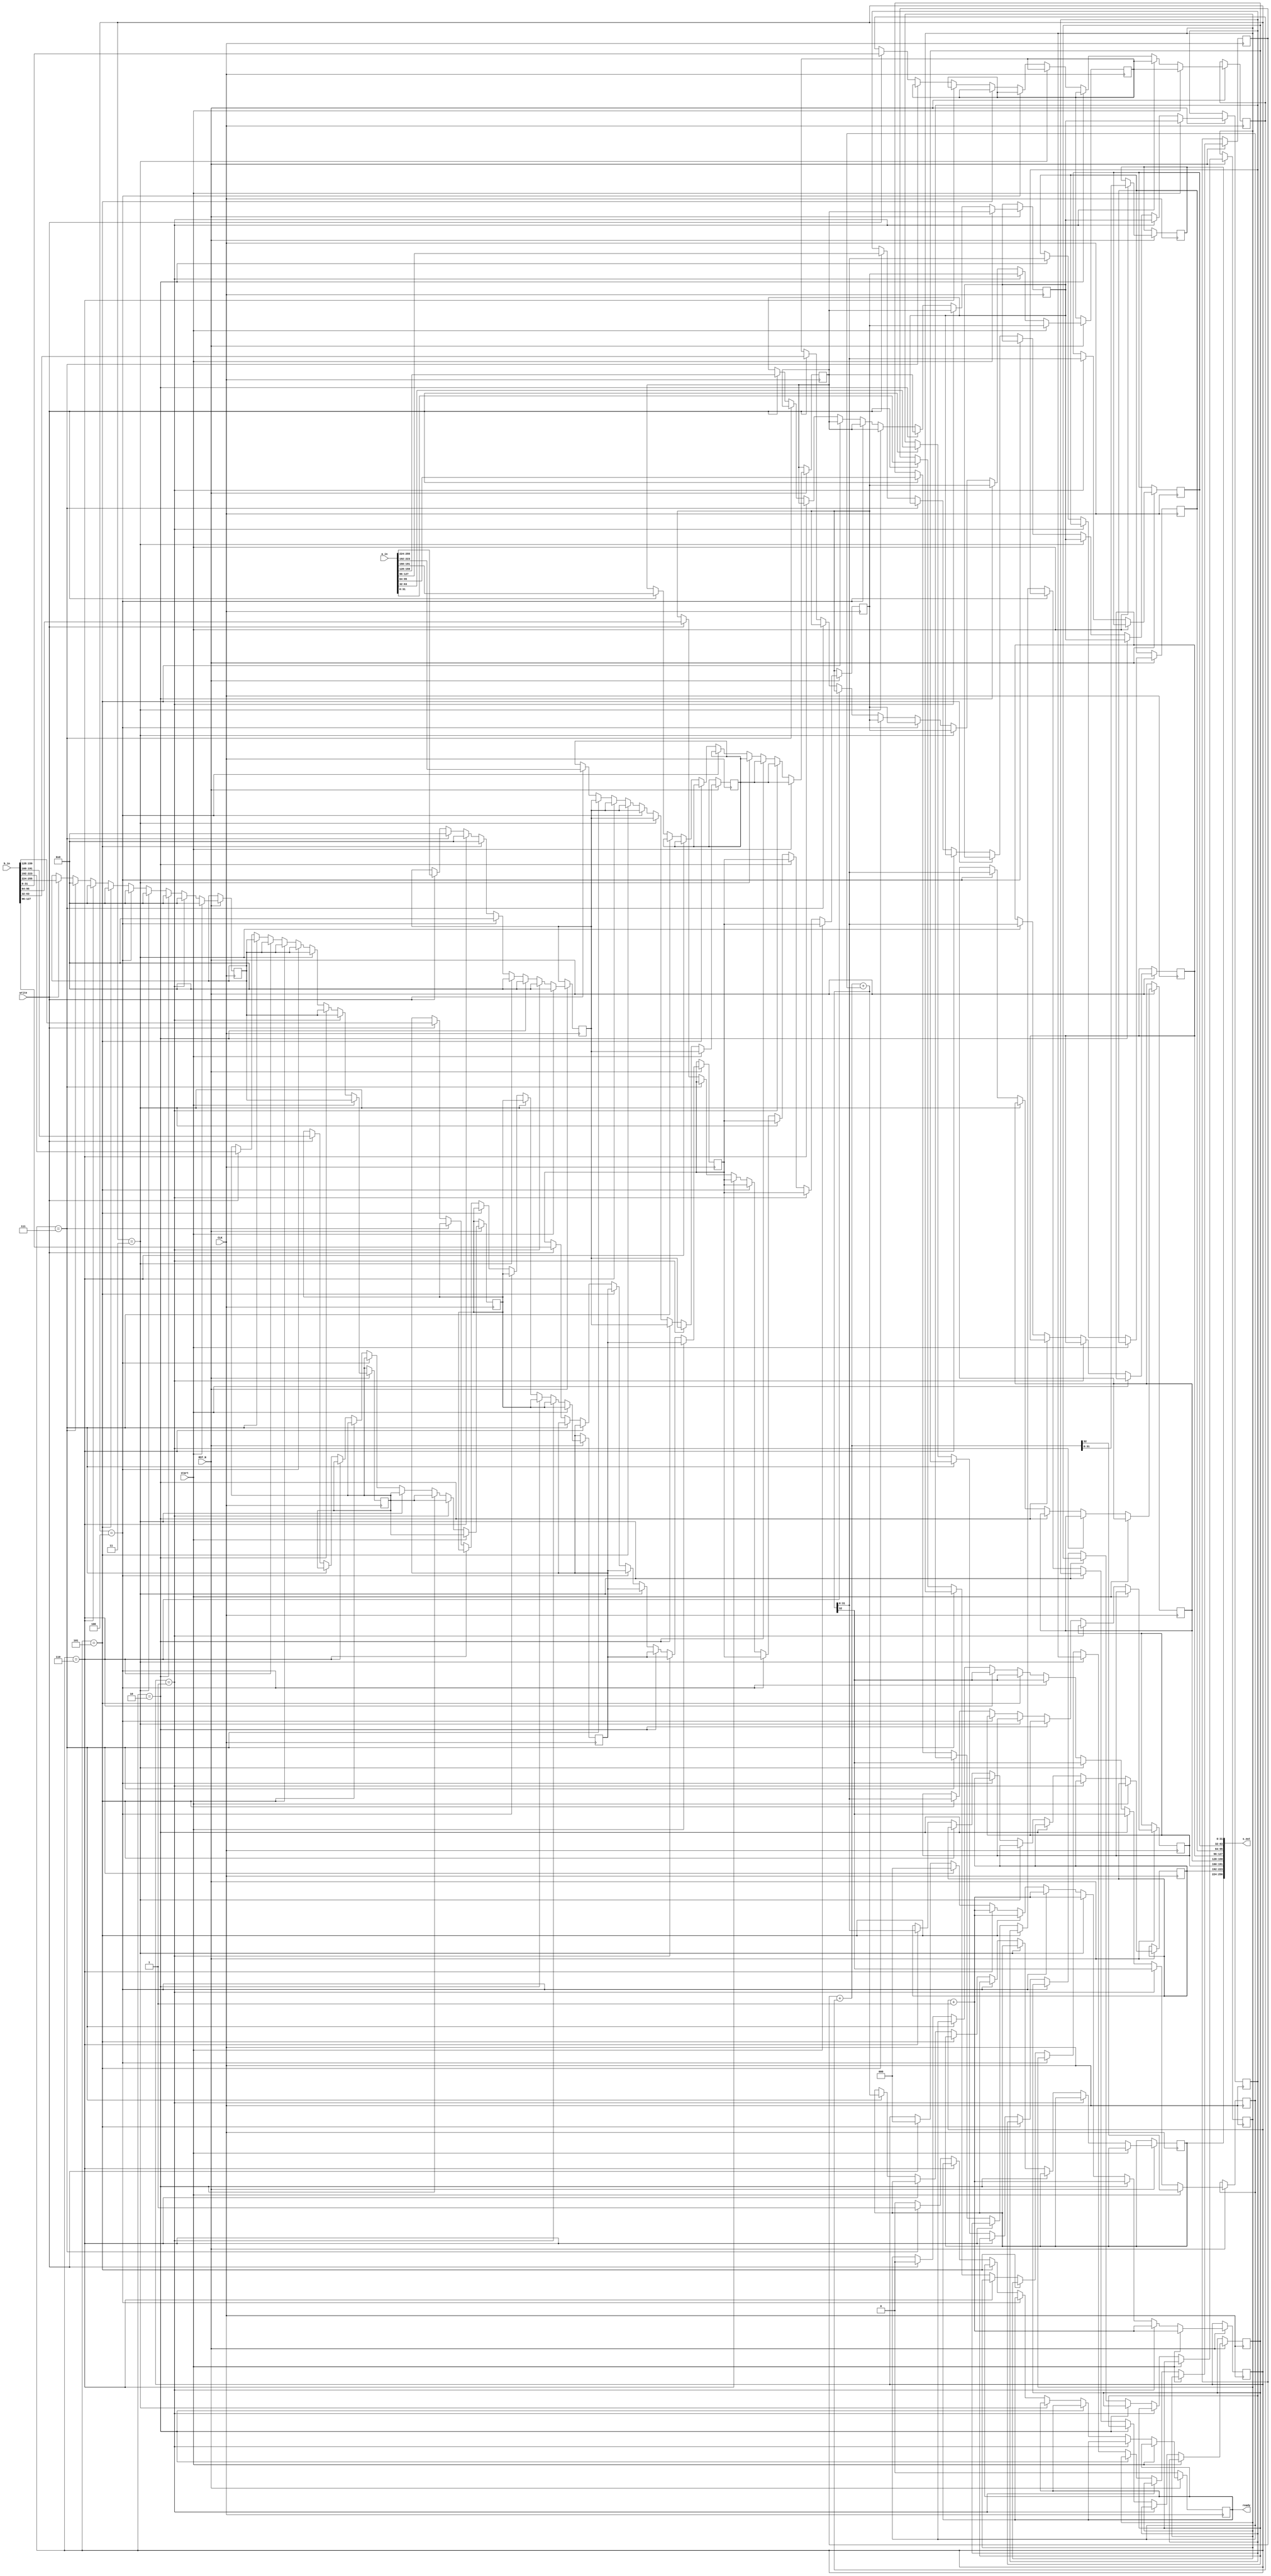
`timescale 1ns/10ps

module mpadd32_shift (CLK, RST_N, s_out, a_in, b_in, write, start, ready);

	input CLK, RST_N;
	input [255:0] a_in, b_in;
	input write, start;
	output [256:0] s_out;
	output ready;

	reg [256:0] sum;
	reg [255:0] a, b;
	reg ready;
	reg [2:0] counter;
	reg carry;

	reg [31:0] a0;
	reg [31:0] a1;
	reg [31:0] a2;
	reg [31:0] a3;
	reg [31:0] a4;
	reg [31:0] a5;
	reg [31:0] a6;
	reg [31:0] a7;

	reg [31:0] b0;
	reg [31:0] b1;
	reg [31:0] b2;
	reg [31:0] b3;
	reg [31:0] b4;
	reg [31:0] b5;
	reg [31:0] b6;
	reg [31:0] b7;

	reg [31:0] s0;
	reg [31:0] s1;
	reg [31:0] s2;
	reg [31:0] s3;
	reg [31:0] s4;
	reg [31:0] s5;
	reg [31:0] s6;
	reg [32:0] s7;

	assign s_out = {s7, s6, s5, s4, s3, s2, s1, s0};

	always @(posedge CLK) begin
		if (~RST_N) begin
			ready <= 1'b0;
		end
		else begin
			if (start) begin
				{carry, s0} <= a0 + b0;
				counter <= counter + 3'b001;
				//Shift all of the registers down
				{a0,a1,a2,a3,a4,a5,a6,a7} <= {a1,a2,a3,a4,a5,a6,a7,32'b0};
				{b0,b1,b2,b3,b4,b5,b6,b7} <= {b1,b2,b3,b4,b5,b6,b7,32'b0};
			end
			else if (counter == 3'b001) begin
				{carry, s1} <= a0 + b0 + carry;
				counter <= counter + 3'b001;
				{a0,a1,a2,a3,a4,a5,a6,a7} <= {a1,a2,a3,a4,a5,a6,a7,32'b0};
				{b0,b1,b2,b3,b4,b5,b6,b7} <= {b1,b2,b3,b4,b5,b6,b7,32'b0};
			end 
			else if (counter == 3'b010) begin
				{carry, s2} <= a0 + b0 + carry;
				counter <= counter + 3'b001;
				{a0,a1,a2,a3,a4,a5,a6,a7} <= {a1,a2,a3,a4,a5,a6,a7,32'b0};
				{b0,b1,b2,b3,b4,b5,b6,b7} <= {b1,b2,b3,b4,b5,b6,b7,32'b0};
			end 
			else if (counter == 3'b011) begin
				{carry, s3} <= a0 + b0 + carry;
				counter <= counter + 3'b001;
				{a0,a1,a2,a3,a4,a5,a6,a7} <= {a1,a2,a3,a4,a5,a6,a7,32'b0};
				{b0,b1,b2,b3,b4,b5,b6,b7} <= {b1,b2,b3,b4,b5,b6,b7,32'b0};
			end 
			else if (counter == 3'b100) begin
				{carry, s4} <= a0 + b0 + carry;
				counter <= counter + 3'b001;
				{a0,a1,a2,a3,a4,a5,a6,a7} <= {a1,a2,a3,a4,a5,a6,a7,32'b0};
				{b0,b1,b2,b3,b4,b5,b6,b7} <= {b1,b2,b3,b4,b5,b6,b7,32'b0};
			end 
			else if (counter == 3'b101) begin
				{carry, s5} <= a0 + b0 + carry;
				counter <= counter + 3'b001;
				{a0,a1,a2,a3,a4,a5,a6,a7} <= {a1,a2,a3,a4,a5,a6,a7,32'b0};
				{b0,b1,b2,b3,b4,b5,b6,b7} <= {b1,b2,b3,b4,b5,b6,b7,32'b0};
			end 
			else if (counter == 3'b110) begin
				{carry, s6} <= a0 + b0 + carry;
				counter <= counter + 3'b001;
				{a0,a1,a2,a3,a4,a5,a6,a7} <= {a1,a2,a3,a4,a5,a6,a7,32'b0};
				{b0,b1,b2,b3,b4,b5,b6,b7} <= {b1,b2,b3,b4,b5,b6,b7,32'b0};
			end 
			else if (counter == 3'b111) begin
				s7 <= a0 + b0 + carry;
				//Here we have to write all of the values to the output.
				{a0,a1,a2,a3,a4,a5,a6,a7} <= {a1,a2,a3,a4,a5,a6,a7,32'b0};
				{b0,b1,b2,b3,b4,b5,b6,b7} <= {b1,b2,b3,b4,b5,b6,b7,32'b0};
				counter <= 3'b000;
				ready <= 1'b1;
			end
			


			else begin
				if (write) begin
					a0 <= a_in[31:0];
	 				a1 <= a_in[63:32];
					a2 <= a_in[95:64];
					a3 <= a_in[127:96];
					a4 <= a_in[159:128];
					a5 <= a_in[191:160];
					a6 <= a_in[223:192];
					a7 <= a_in[255:224];

					b0 <= b_in[31:0];
	 				b1 <= b_in[63:32];
					b2 <= b_in[95:64];
					b3 <= b_in[127:96];
					b4 <= b_in[159:128];
					b5 <= b_in[191:160];
					b6 <= b_in[223:192];
					b7 <= b_in[255:224];

					counter <= 3'b000;
					carry <= 1'b0;
				end
				ready <= 1'b0;
			end
		end
	end

endmodule